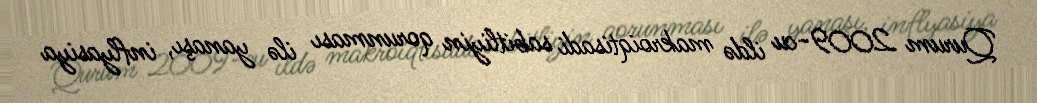
Qurum 2009-cu ildə makroiqtisadi sabitliyin qorunması ilə yanaşı, inflyasiya